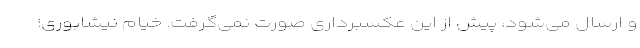
و ارسال می‌شود، پیش از این عکسبرداری صورت نمی‌گرفت. خیام نیشابوری؛